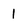
Character: 1